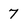
Character: 7